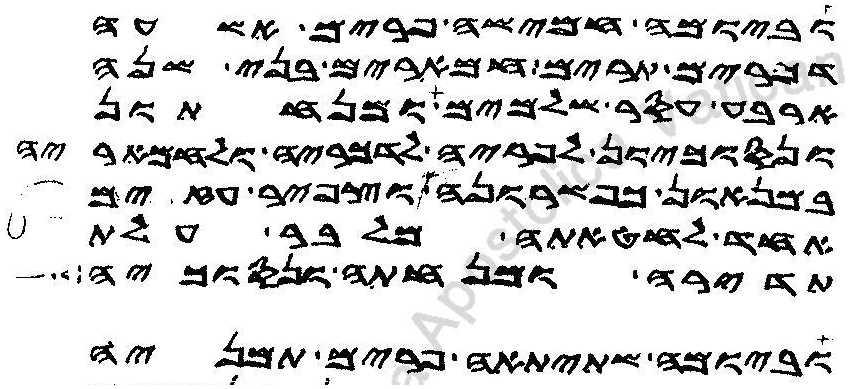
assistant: וביומה חמישה פרים אשעה
דכרים תרים חמארים בני שנה
ארבע עסר שלמים ומנחתון
ונסוכיון לפריה לדכריה ולחמאריה
במנאון כפשרונה וצפיר עזים
אחד לחטאתה מלבר עלת
תדירה ומנחתה ונסוכיה
וביומה שתיתאה פרים תמניה